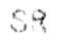
SR